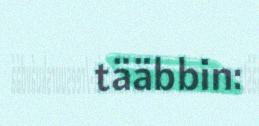
tääbbin: